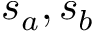
s _ { a } , s _ { b }